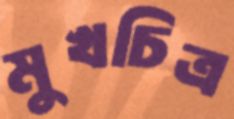
মুখচিত্র